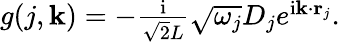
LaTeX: \begin{array}{r}{g(j,{\mathbf k})=-\frac{\mathrm{i}}{\sqrt{2}L}\sqrt{\omega_{j}}D_{j}e^{\mathrm{i}{\mathbf k}\cdot{\mathbf r}_{j}}.}\end{array}